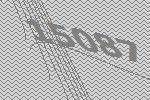
15087